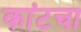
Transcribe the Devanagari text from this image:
कांटचा